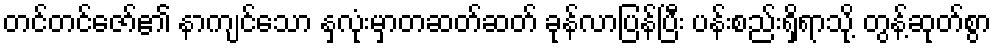
တင်တင်ဇော်၏ နာကျင်သော နှလုံးမှာတဆတ်ဆတ် ခုန်လာပြန်ပြီး ပန်းစည်းရှိရာသို့ တွန့်ဆုတ်စွာ